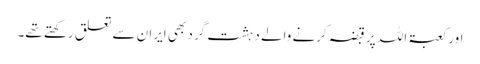
اور کعبۃ اللہ پر قبضہ کرنے والے دہشت گرد بھی ایران سے تعلق رکھتے تھے۔